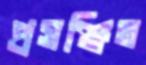
প্রসঞ্জিত